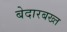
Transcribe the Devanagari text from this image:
बेदारबख्त